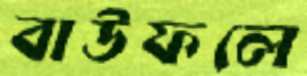
বাউফলে